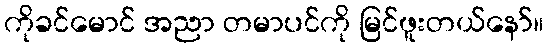
ကိုခင်မောင် အညာ တမာပင်ကို မြင်ဖူးတယ်နော်။